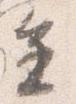
進